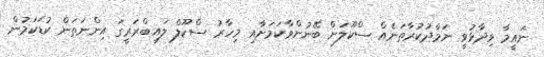
ނައީމާ ވިދާޅުވީ ނަމާދުކުރާތަނެއް ސްކޫލަށް ބޭނުންވާކަމަށާއި މިހާރު ސްކޫލް ލައިބްރަރީގަ އިންނަތަން ކުޑަކަމުން